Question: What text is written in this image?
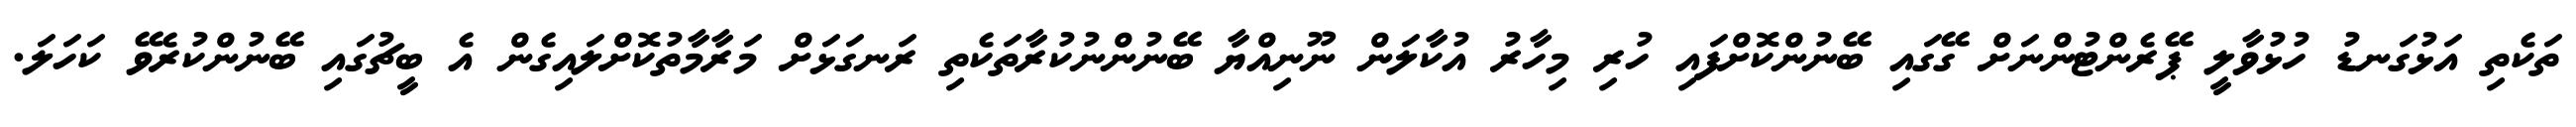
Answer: ތަކެތި އަޅުގަނޑު ހުޅުވާލީ ޕޭރެންޓުންނަށް ގޭގައި ބޭނުންކޮށްފައި ހުރި މިހާރު އުކާލަން ނޫނިއްޔާ ބޭނުންނުކުރާތަކެތި ރަނގަޅަށް މަރާމާތުކޮށްލައިގެން އެ ބީޗުގައި ބޭނުންކުރެވޭ ކަހަލަ.